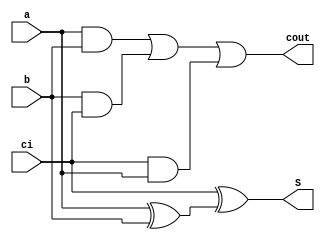
`timescale 1ns / 1ps
//////////////////////////////////////////////////////////////////////////////////
// Company: 
// Engineer: 
// 
// Design Name: 
// Module Name:    Fulladder8 
// Project Name: 
// Target Devices: 
// Tool versions: 
// Description: 
//
// Dependencies: 
//
// Revision: 
// Revision 0.01 - File Created
// Additional Comments: 
//
//////////////////////////////////////////////////////////////////////////////////
module Fulladder8(
input ci,
input a, b, 
output S,
output cout
    );

assign S = ci ^ ( a ^ b );
assign cout = (a & b) | (b & ci) | (ci & a); 

endmodule